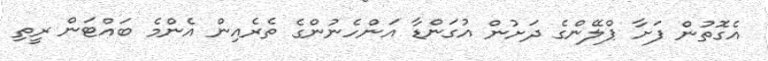
އެގޮތުން ފަށާ ޕްލޭންގެ ދަށުން އުގަންޑާ އަންހެނުންގެ ތެރެއިން އެންމެ ބައްޓަން ރީތި